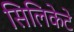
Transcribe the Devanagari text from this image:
सिलिकेटे